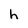
Character: h